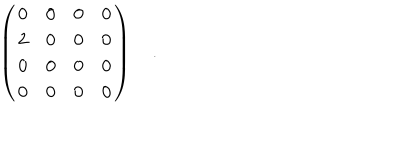
\left( \begin{array} { c c c c } { { { 0 } } } & { { { 0 } } } & { { { 0 } } } & { { { 0 } } } \\ { { 2 } } & { { 0 } } & { { 0 } } & { { 0 } } \\ { { 0 } } & { { 0 } } & { { 0 } } & { { 0 } } \\ { { 0 } } & { { 0 } } & { { 0 } } & { { 0 } } \\ \end{array} \right) \quad .